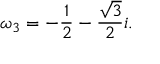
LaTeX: \omega _ { 3 } = - { \frac { 1 } { 2 } } - { \frac { \sqrt { 3 } } { 2 } } i .